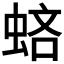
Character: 𧋻